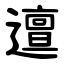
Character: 邅